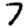
Digit: 7